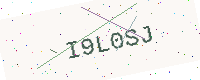
Text: I9L0SJ